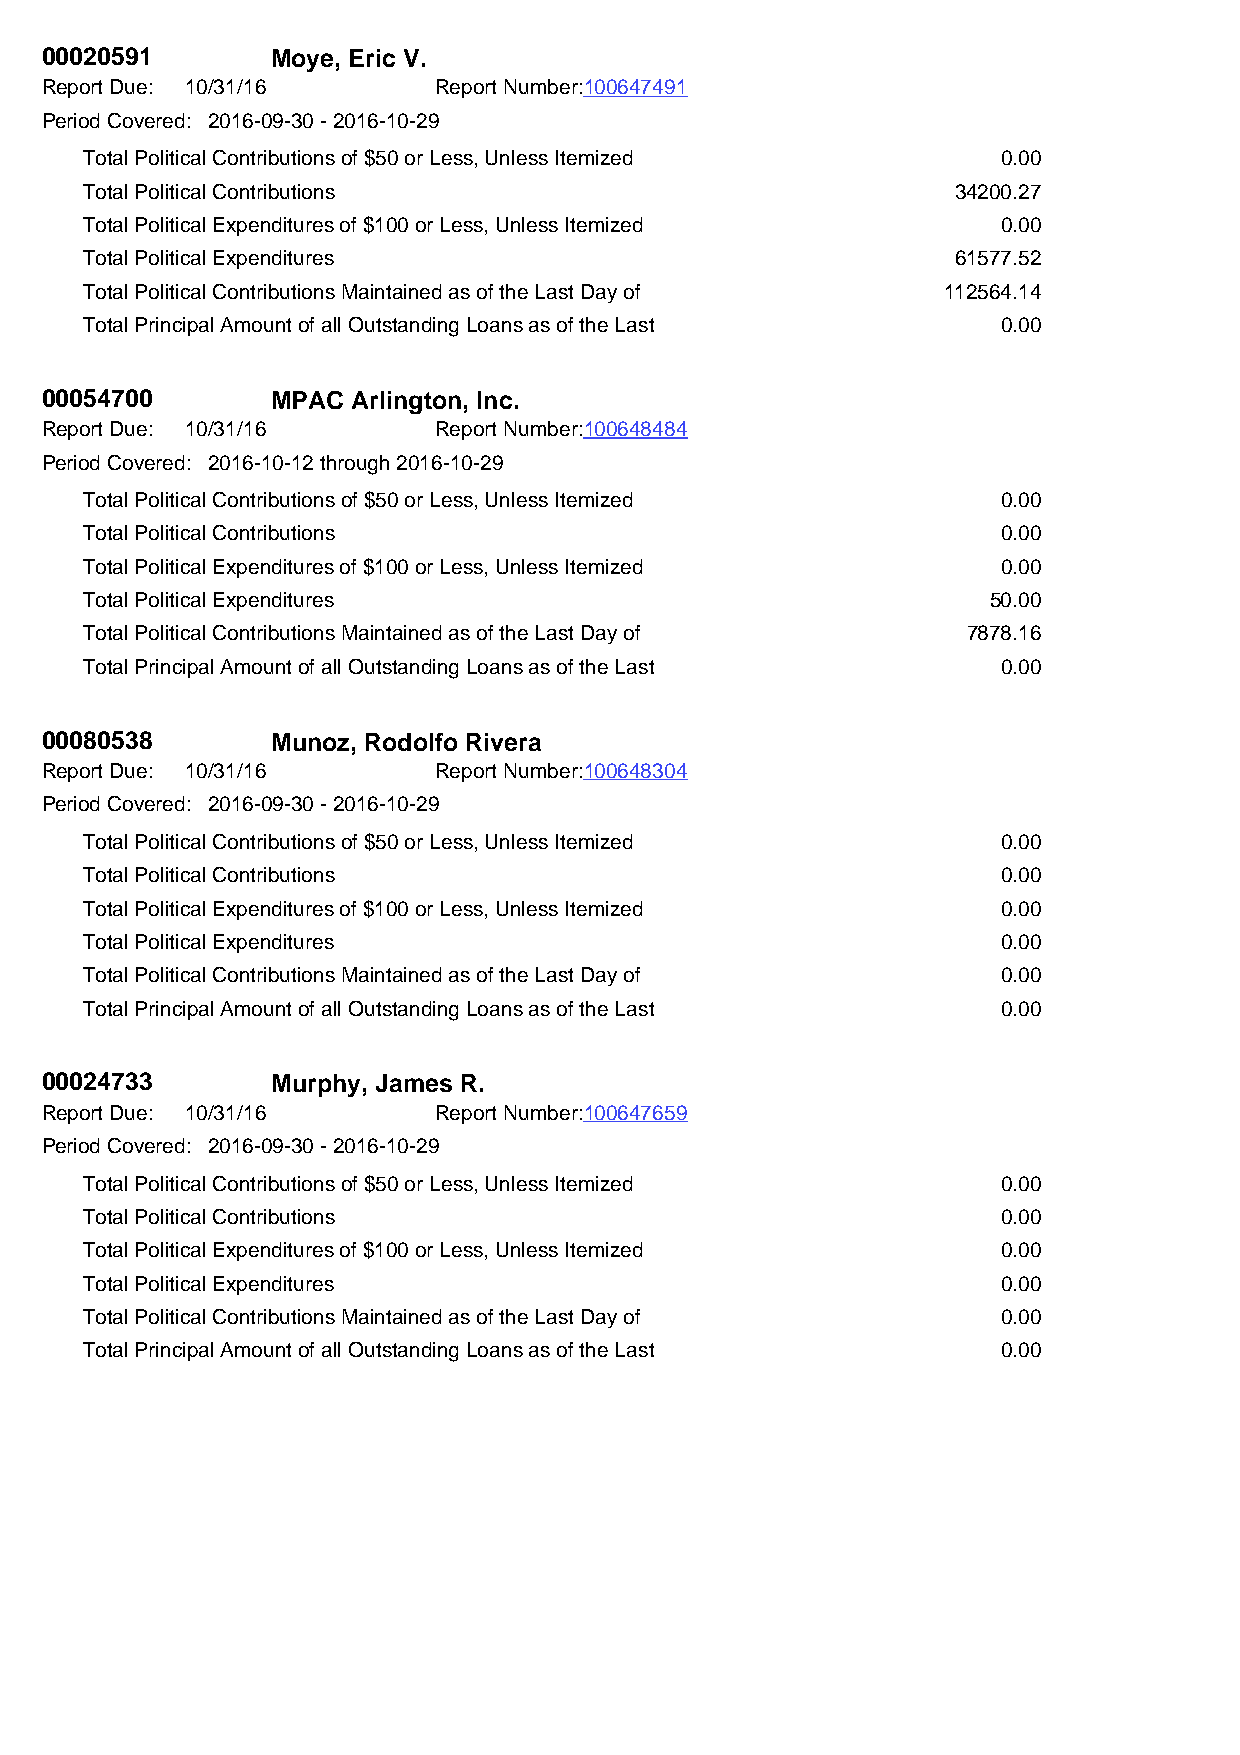
00020591       Moye, Eric V.
 Report Due: 10/31/16      Report Number:100647491
 Period Covered: 2016-09-30 - 2016-10-29
 Total Political Contributions of $50 or Less, Unless Itemized 0.00
 Total Political Contributions                            34200.27
 Total Political Expenditures of $100 or Less, Unless Itemized 0.00
 Total Political Expenditures                             61577.52
 Total Political Contributions Maintained as of the Last Day of 112564.14
 Total Principal Amount of all Outstanding Loans as of the Last 0.00
 00054700       MPAC Arlington, Inc.
 Report Due: 10/31/16      Report Number:100648484
 Period Covered: 2016-10-12 through 2016-10-29
 Total Political Contributions of $50 or Less, Unless Itemized 0.00
 Total Political Contributions                               0.00
 Total Political Expenditures of $100 or Less, Unless Itemized 0.00
 Total Political Expenditures                                50.00
 Total Political Contributions Maintained as of the Last Day of 7878.16
 Total Principal Amount of all Outstanding Loans as of the Last 0.00
 00080538       Munoz, Rodolfo Rivera
 Report Due: 10/31/16      Report Number:100648304
 Period Covered: 2016-09-30 - 2016-10-29
 Total Political Contributions of $50 or Less, Unless Itemized 0.00
 Total Political Contributions                               0.00
 Total Political Expenditures of $100 or Less, Unless Itemized 0.00
 Total Political Expenditures                                0.00
 Total Political Contributions Maintained as of the Last Day of 0.00
 Total Principal Amount of all Outstanding Loans as of the Last 0.00
 00024733       Murphy, James R.
 Report Due: 10/31/16      Report Number:100647659
 Period Covered: 2016-09-30 - 2016-10-29
 Total Political Contributions of $50 or Less, Unless Itemized 0.00
 Total Political Contributions                               0.00
 Total Political Expenditures of $100 or Less, Unless Itemized 0.00
 Total Political Expenditures                                0.00
 Total Political Contributions Maintained as of the Last Day of 0.00
 Total Principal Amount of all Outstanding Loans as of the Last 0.00